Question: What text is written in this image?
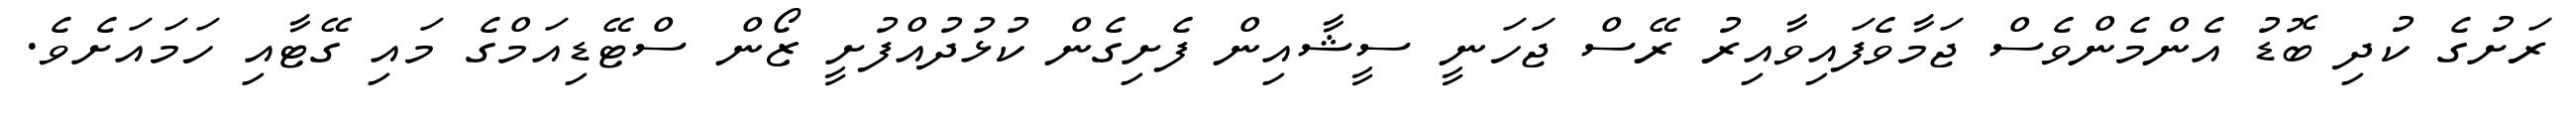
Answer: ރަށުގެ ކުދި ބޮޑު އެންމެންވެސް ޖަމާވެފައިވާއިރު ރޭސް ޖަހަނީ ސީޝާއިން ފެށިގެން ކުޅުދުއްފުށީ ޒޯން ސްޓޭޑިއަމްގެ މައި ގޭޓާއި ހަމައަށެވެ.